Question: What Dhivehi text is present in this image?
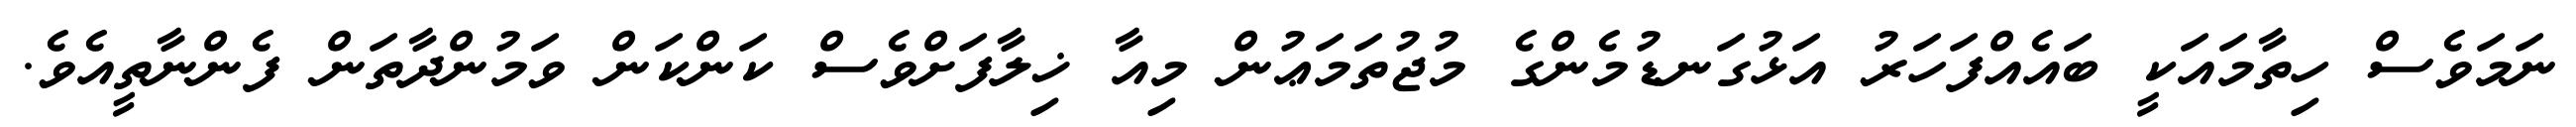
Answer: ނަމަވެސް ހިތާމައަކީ ބައެއްފަހަރު އަޅުގަނޑުމެންގެ މުޖުތަމަޢުން މިއާ ޚިލާފަށްވެސް ކަންކަން ވަމުންދާތަން ފެންނާތީއެވެ.